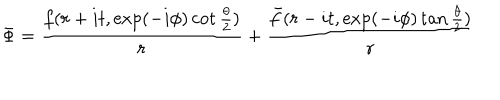
\Phi = { \frac { f ( r + i t , \exp ( - i \phi ) \cot { \frac { \theta } { 2 } } ) } { r } } + { \frac { \bar { f } ( r - i t , \exp ( - i \phi ) \tan { \frac { \theta } { 2 } } ) } { r } }